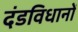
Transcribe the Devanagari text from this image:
दंडविधानों